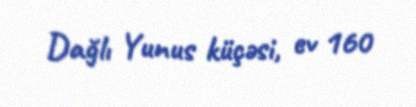
Dağlı Yunus küçəsi, ev 160